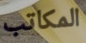
المكاتب